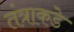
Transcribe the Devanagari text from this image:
तंत्राकडे